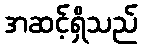
အဆင့်ရှိသည်